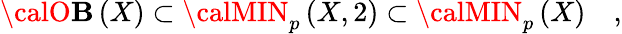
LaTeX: {\calO\mathbf{B}}\left(X\right)\subset{\calMIN}_{p}\left(X,2\right)\subset{\calMIN}_{p}\left(X\right)\quad,